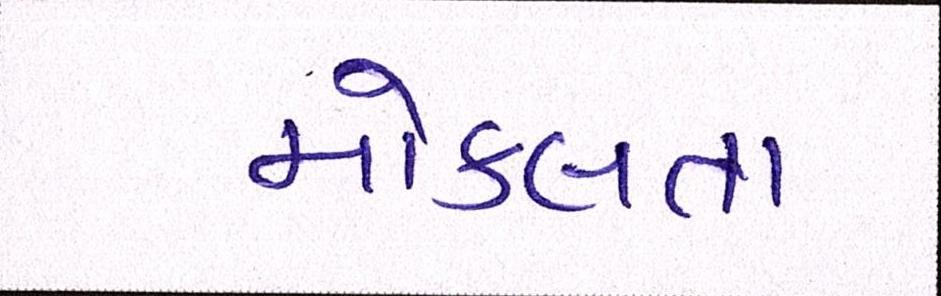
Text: મોકલતા